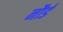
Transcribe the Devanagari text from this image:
नौर्ड